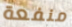
منفعة